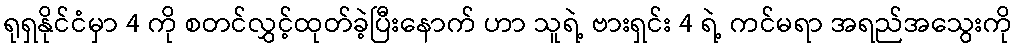
ရုရှနိုင်ငံမှာ 4 ကို စတင်လွှင့်ထုတ်ခဲ့ပြီးနောက် ဟာ သူရဲ့ ဗားရှင်း 4 ရဲ့ ကင်မရာ အရည်အသွေးကို